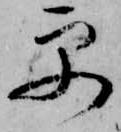
更